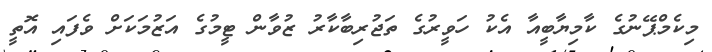
މިކެމްޕޭނުގެ ކާމިޔާބީއާ އެކު ހަވީރުގެ ތަޖުރިބާކާރު ޒުވާން ޓީމުގެ އަޒުމަކަށް ވެފައި އޮތީ